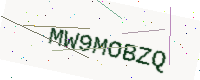
Text: MW9MOBZQ